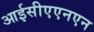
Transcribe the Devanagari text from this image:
आईसीएएनएन